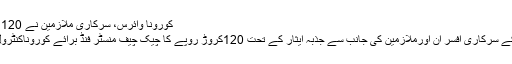
کورونا وائرس، سرکاری ملازمین نے 120 کروڑ روپے عطیہ کر
علی اکبر: پنجاب کے کے سرکاری افسر ان اورملازمین کی جانب سے جذبہ ایثار کے تحت 120کروڑ روپے کا چیک چیف منسٹر فنڈ برائے کوروناکنٹرول میں عطیہ کیا گیاہے۔